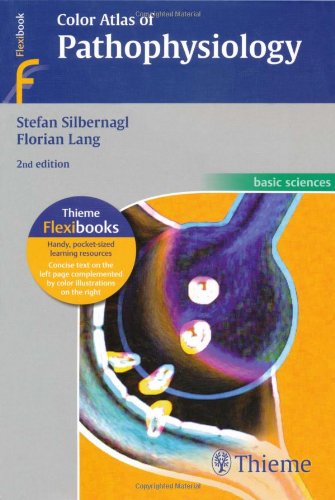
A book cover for Color Atlas of Pathophysiology (Basic Sciences (Thieme)); Stefan Silbernagl; Medical Books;